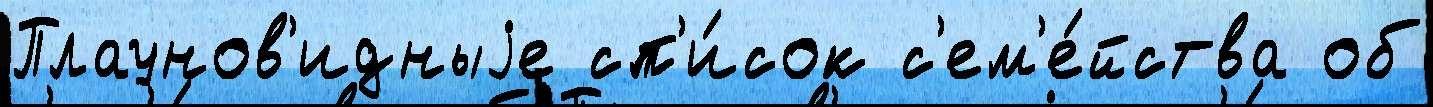
Плаунов'идныjе сп'и́сок с'ем'е́йства об